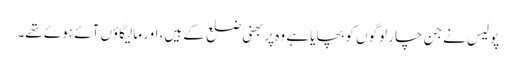
پولیس نے جن چار لوگوں کو بچایا ہے وہ پربھنی ضلع کے ہیں، اور مالیگاؤں آئے ہوئے تھے۔